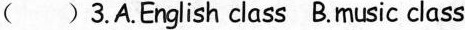
() 3.A.English class B.music class